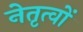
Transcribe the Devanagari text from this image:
नेतृत्वों